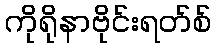
ကိုရိုနာဗိုင်းရတ်စ်